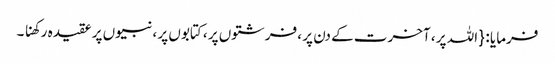
فرمایا : { اللہ پر ، آخرت کے دن پر ، فرشتوں پر ، کتابوں پر ، نبیوں پر عقیدہ رکھنا ۔